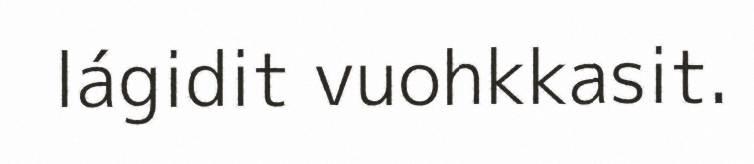
lágidit vuohkkasit.